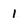
Character: 1